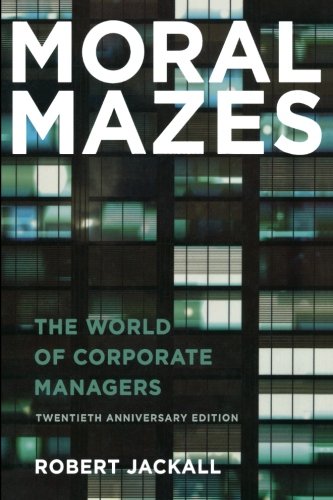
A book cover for Moral Mazes: The World of Corporate Managers; Robert Jackall; Business & Money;